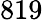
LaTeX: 819